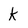
Character: k